Vabadussoja_Ajaloo_Komitee, lk 12
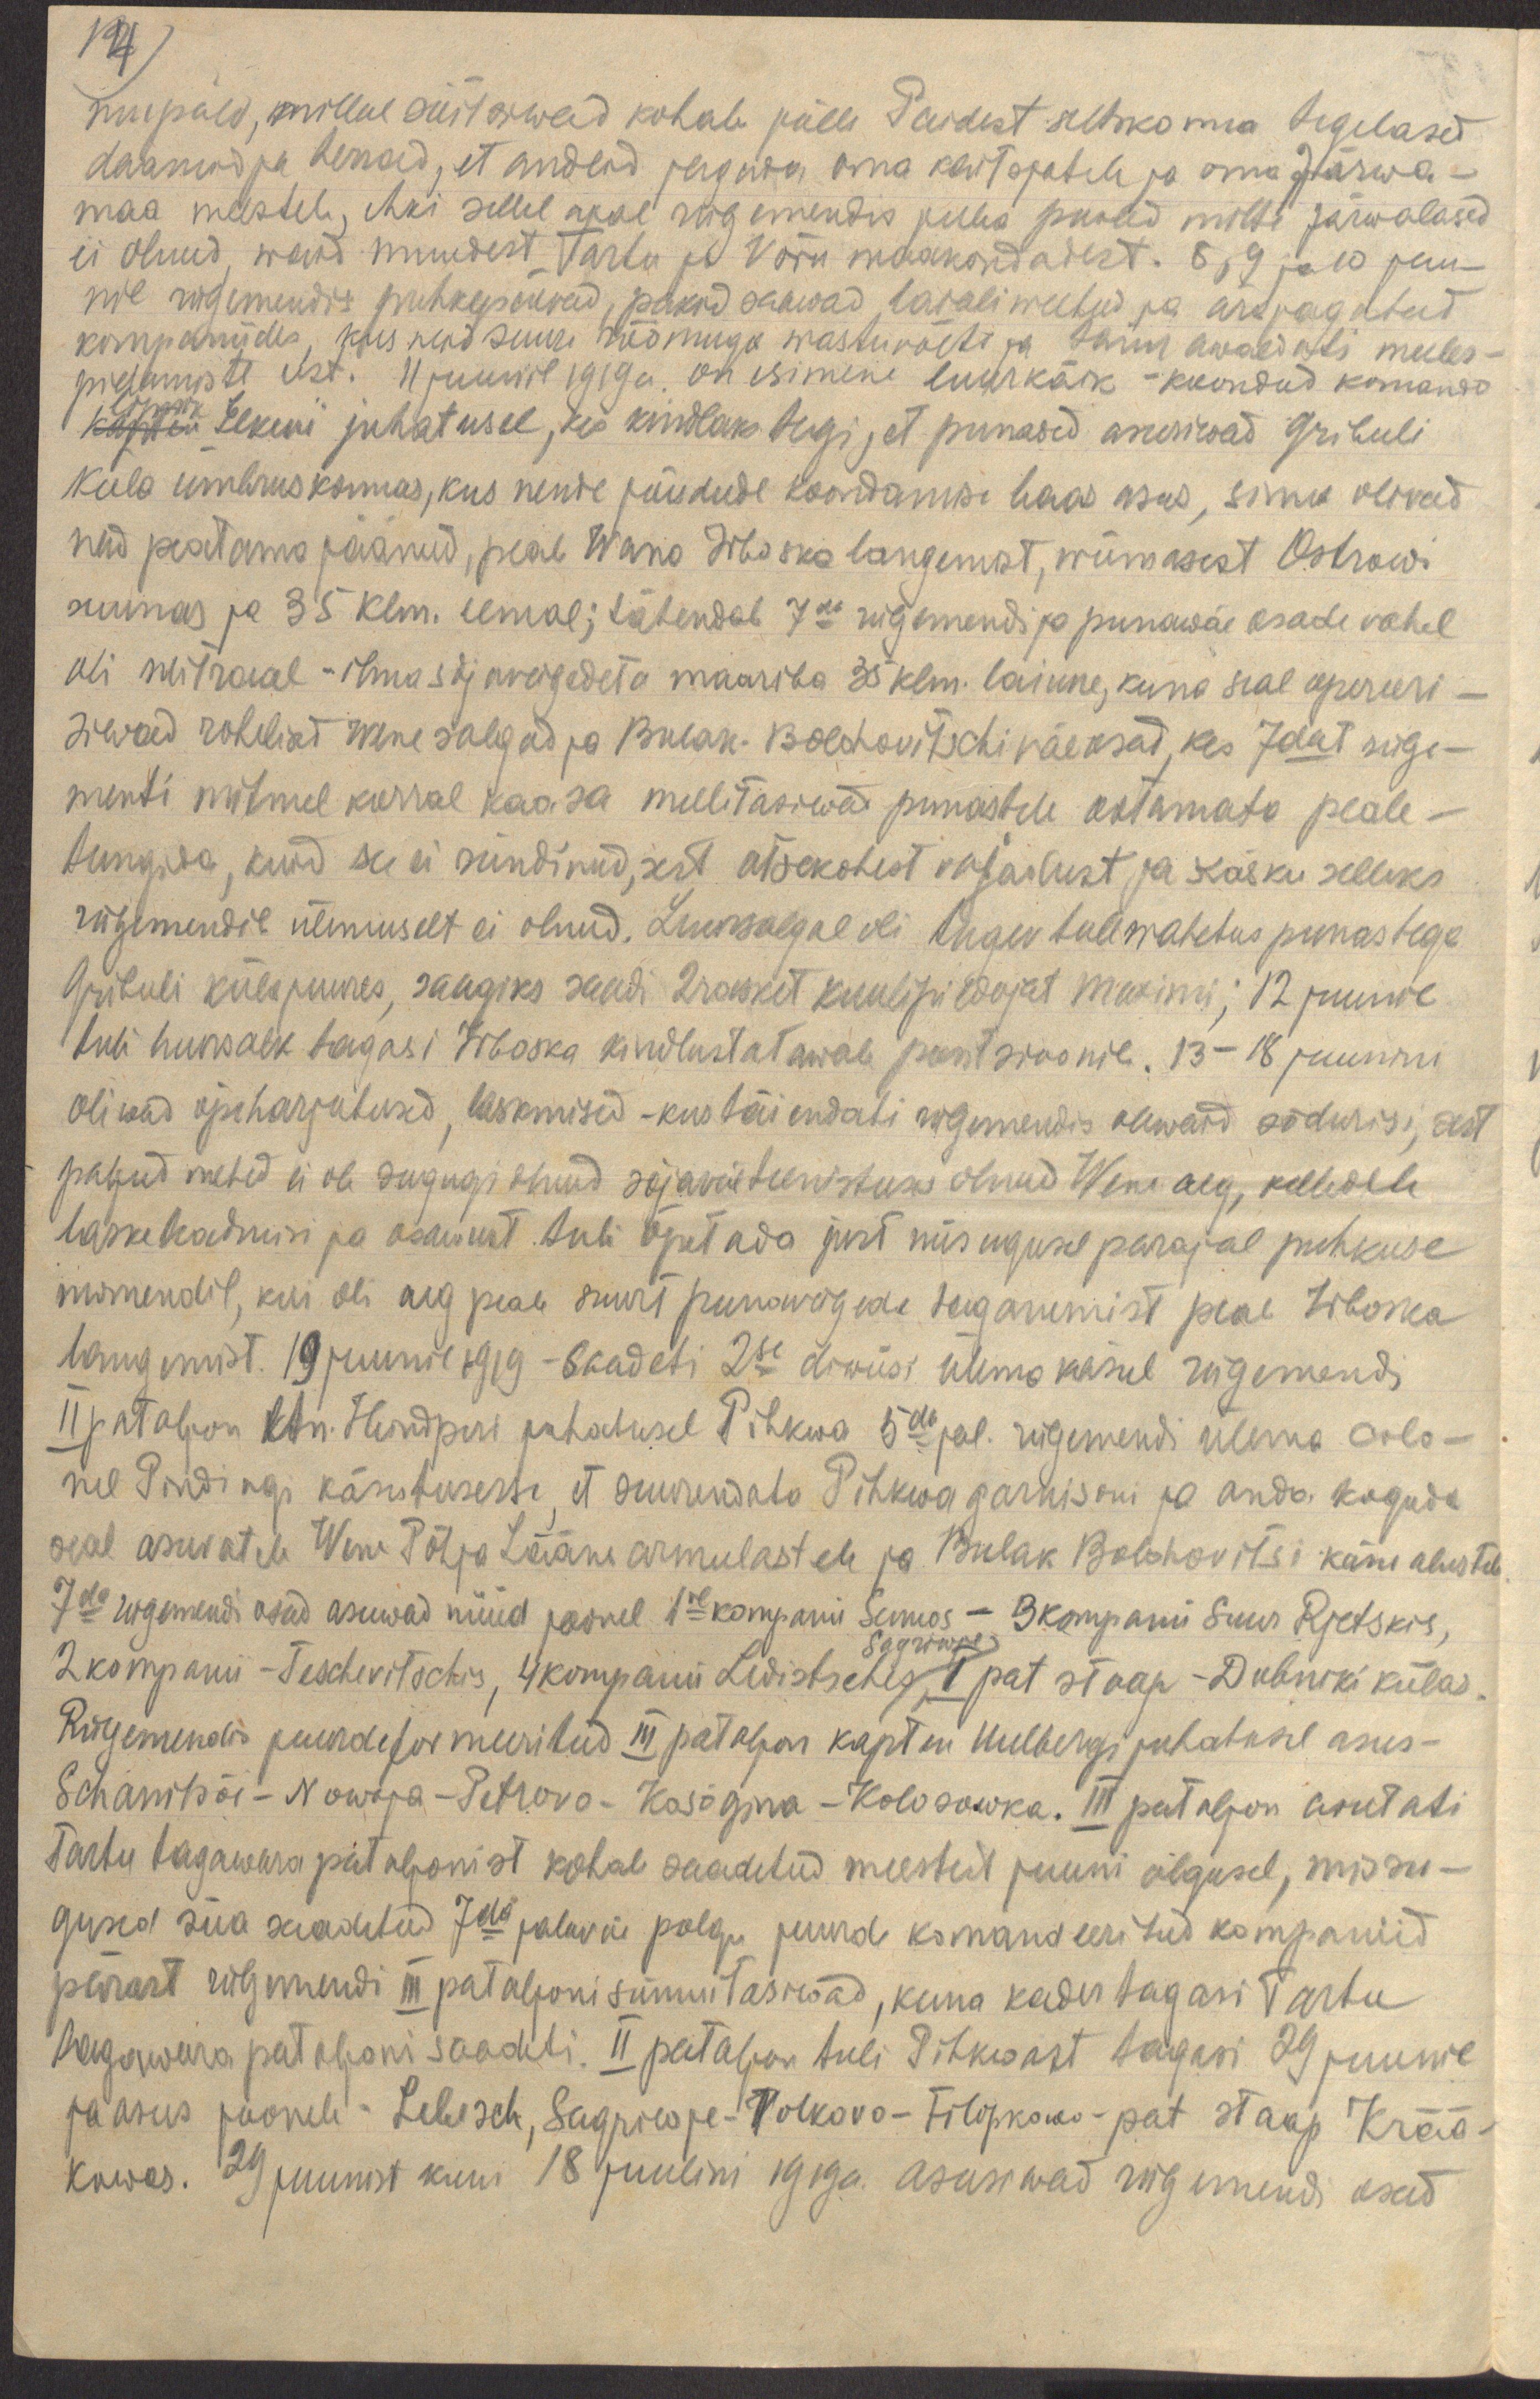
14)
mupäev, millal sõitsiwad kohale jälle Paidest seltskonna tegelased
daamid ja herrad, et andeid jagada oma kaitsjatele ja oma Järwa-
maa meestele, ehki sellel ajal rügemendis puha pooled mitte järwalased
ei olnud, waid muudest Tartu ja Võru maakondadest. 8, 9 ja 10 juu-
nil rügemendis puhkepäevad, pakid saawad laiali weetud ja ära jagatud
kompaniides, kus neid suure rõõmuga wastuvõeti ja tänu awaldati meeles-
pidamiste eest. 11 juunil 1919a. on esimene luurkäik - koondud komando
lipnik
kapten Elkeni juhatusel, kes kindlaks tegi, et punased asusiwad Gribuli
küla ümbruskonnas, kus nende jõudude koondamise baas asus, sinna olivad
nad peatama jäänud, peale Wana Irboska langemist, wiimasest Ostrowi
suunas ja 35 klm. eemal; tähendab 7da rügemendi ja punawäe osade vahel
oli neitraal - ilma sõjavägedeta maariba 35 klm. laiune, kuna seal opereeri-
siwad rohelised Wene salgad ja Bulak - Bolohovitschi väeosad, kes 7dat rüge-
menti mitmel korral kaasa meelitasiwad punastele ootamata peale-
tungida, kuid see ei sündinud, sest otsekohest vajadust ja käsku selleks
rügemendile ülemuselt ei olnud. Luursalgal oli tugev tulewahetus punastega
Gribuli küla juures, saagiks saadi 2 rasket kuulipildujat Maximi; 12 juunil
tuli luursalk tagasi Irboska kindlustatawale positsioonile. 13-18 juunini
oliwad õpeharjutused, laskmised - kus täiendati rügemendis olewaid sõdurisi, sest
paljud mehed ei ole sugugi olnud sõjaväeteenistuses olnud Wene aeg, kelledele
lasketeadmisi ja osawust tuli õpetada just niisugusel parajal puhkuse
momendil, kui oli aeg peale suurt punawägede taganemist peale Irboska
langemist. 19 juunil 1919 -  saadeti 2se diviisi ülema käsul rügemendi
II pataljon ltn. Hindperi juhatusel Pihkwa 5da jal. rügemendi ülems colo-
nel Pindingi käsutusesse, et suurendata Pihkwa garnisoni ja anda koguda
seal asuvatele Wene Põhja Lääne armeelastele ja Bulak Bolohovitsi käsu alustele.
7da rügemendi  osad asuwad nüüd joonel 1ne kompanii Sennos - 3 kompani Suur Rjetskis,
2 kompanii - Teschevitschis, 4 kompanii Ledistschis, 1 pat staap - Dubniki külas.
Sagriwje
Rügemendis juurdeformeeritud III pataljon kapten Uulbergi juhatusel asus -
Schanitsõi - Nowaja - Petrovo - Kosõgina - Kolosowka. III pataljon asutati
Tartu tagawara pataljonist kohale saadetud meestest juuni algusel, missu-
gused siia saadetud 7da jalaväe polgu juurde komandeeritud kompaniid
pärast rügemendi III pataljoni sünnitasiwad, kuna kodu tagasi Tartu
tagawara pataljoni saadeti. II pataljon tuli Pihkwast tagasi 29 juunil
ja asus joonele - Lebesch, Sagriwje - Volkovo - Filipkowo - pat staap Krää-
kowas. 29 juunist kuni 18 juulini 1919a. asusiwad rügemendi osad